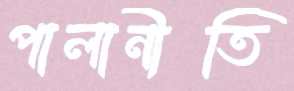
পালানীতি